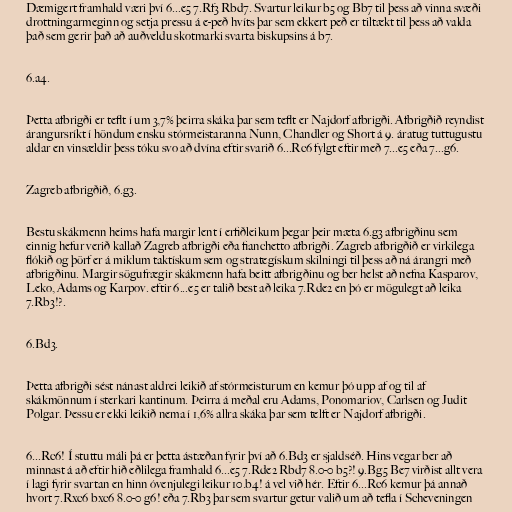
Dæmigert framhald væri því 6...e5 7.Rf3 Rbd7. Svartur leikur b5 og Bb7 til þess að vinna svæði
drottningarmeginn og setja pressu á e-peð hvíts þar sem ekkert peð er tiltækt til þess að valda
það sem gerir það að auðveldu skotmarki svarta biskupsins á b7.

6.a4.

Þetta afbrigði er teflt í um 3,7% þeirra skáka þar sem teflt er Najdorf afbrigði. Afbrigðið reyndist
árangursríkt í höndum ensku stórmeistaranna Nunn, Chandler og Short á 9. áratug tuttugustu
aldar en vinsældir þess tóku svo að dvína eftir svarið 6...Rc6 fylgt eftir með 7...e5 eða 7...g6.

Zagreb afbrigðið, 6.g3.

Bestu skákmenn heims hafa margir lent í erfiðleikum þegar þeir mæta 6.g3 afbrigðinu sem
einnig hefur verið kallað Zagreb afbrigði eða fianchetto afbrigði. Zagreb afbrigðið er virkilega
flókið og þörf er á miklum taktískum sem og strategískum skilningi til þess að ná árangri með
afbrigðinu. Margir sögufrægir skákmenn hafa beitt afbrigðinu og ber helst að nefna Kasparov,
Leko, Adams og Karpov. eftir 6...e5 er talið best að leika 7.Rde2 en þó er mögulegt að leika
7.Rb3!?.

6.Bd3.

Þetta afbrigði sést nánast aldrei leikið af stórmeisturum en kemur þó upp af og til af
skákmönnum í sterkari kantinum. Þeirra á meðal eru Adams, Ponomariov, Carlsen og Judit
Polgar. Þessu er ekki leikið nema í 1,6% allra skáka þar sem telft er Najdorf afbrigði.

6...Rc6! Í stuttu máli þá er þetta ástæðan fyrir því að 6.Bd3 er sjaldséð. Hins vegar ber að
minnast á að eftir hið eðlilega framhald 6...e5 7.Rde2 Rbd7 8.0-0 b5?! 9.Bg5 Be7 virðist allt vera
í lagi fyrir svartan en hinn óvenjulegi leikur 10.b4! á vel við hér. Eftir 6...Rc6 kemur þá annað
hvort 7.Rxc6 bxc6 8.0-0 g6! eða 7.Rb3 þar sem svartur getur valið um að tefla í Scheveningen